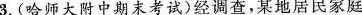
3.(哈师大附中期末考试)经调查，某地居民家庭